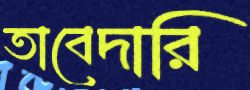
তাবেদারি